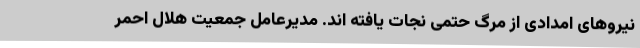
نیروهای امدادی از مرگ حتمی نجات یافته اند. مدیرعامل جمعیت هلال احمر